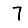
Digit: 7